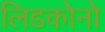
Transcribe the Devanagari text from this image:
लिडकोनो